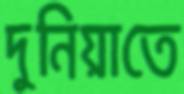
দুনিয়াতে